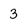
Character: 3